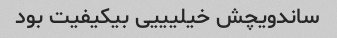
ساندویچش خیلیییی بیکیفیت بود